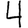
Digit: 4